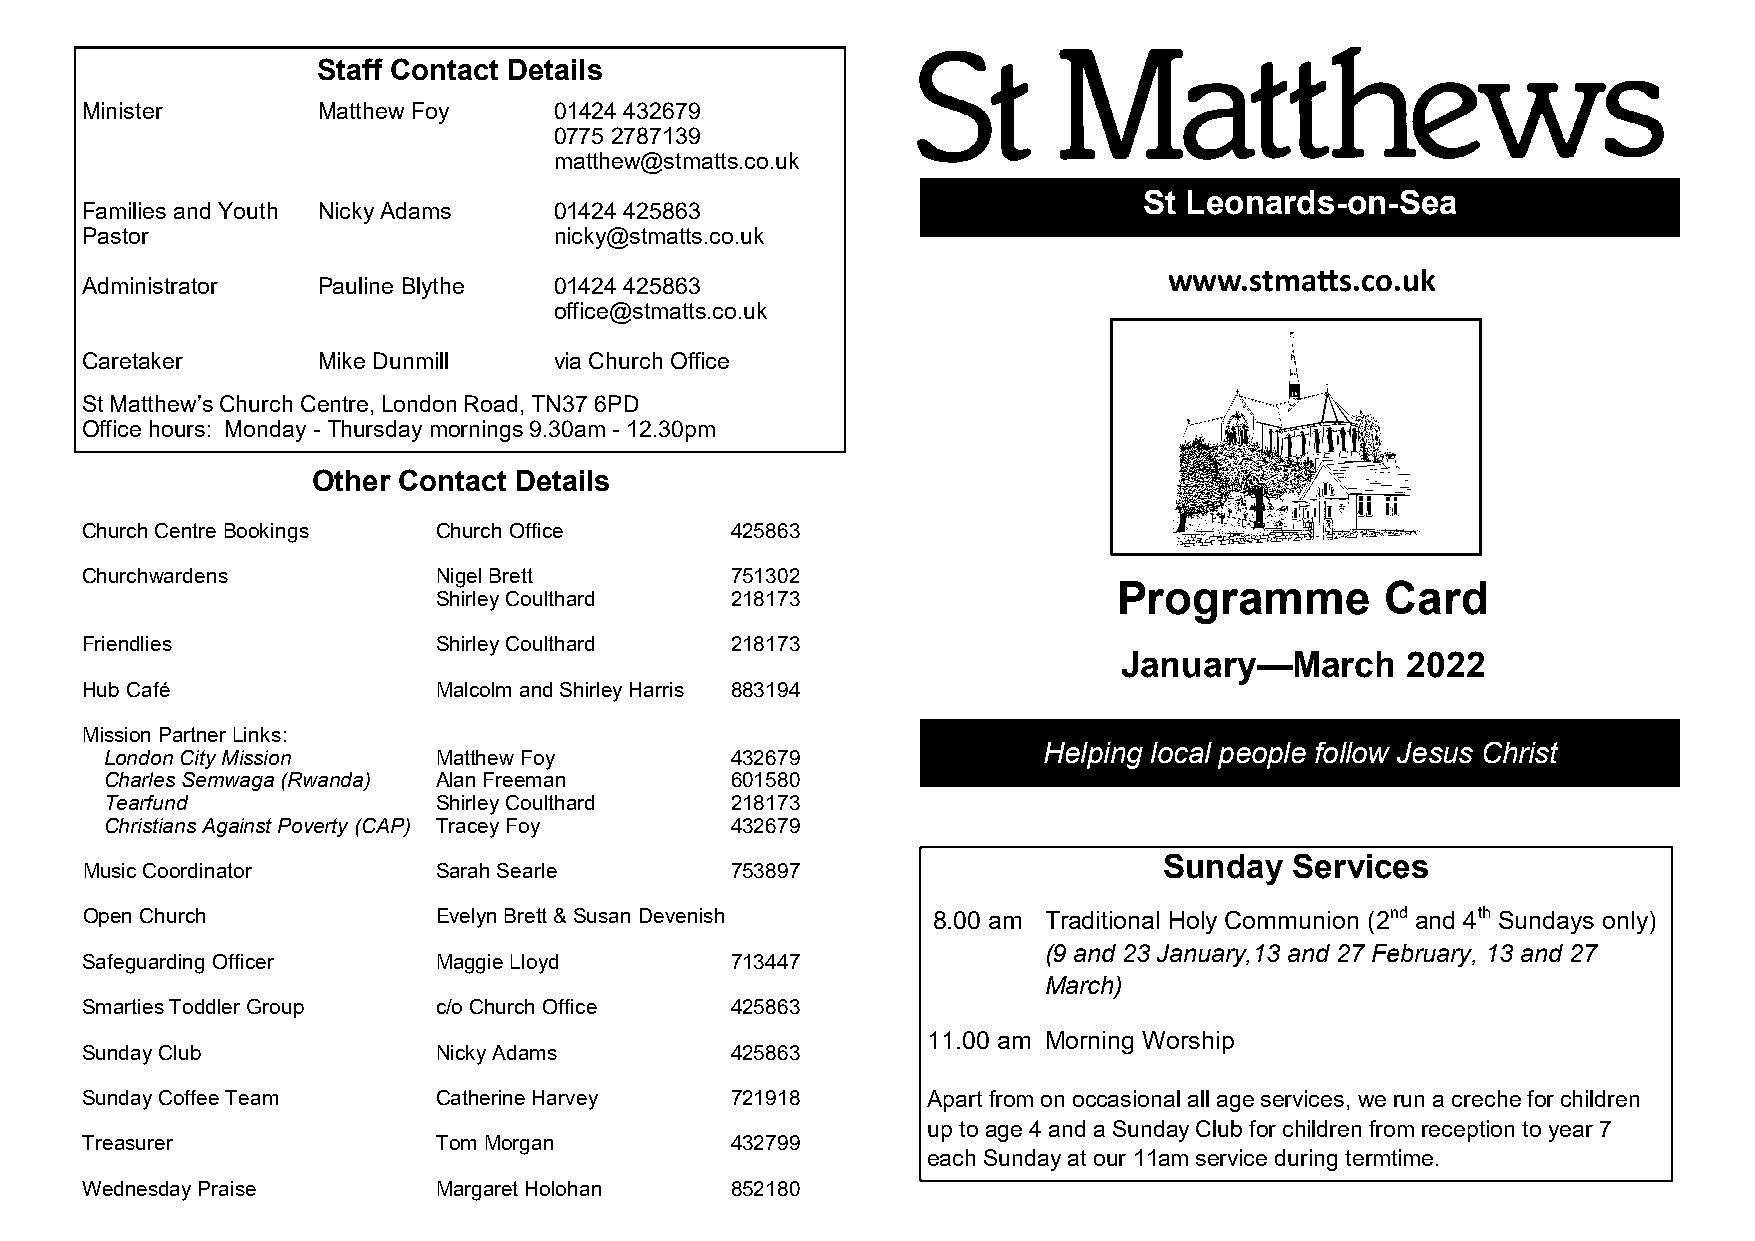
Staff Contact Details
 Minister        Matthew Foy     01424 432679
 0775 2787139
 matthew@stmatts.co.uk
 St Leonards-on-Sea
 Families and Youth Nicky Adams  01424 425863
 Pastor                          nicky@stmatts.co.uk
 www.stmatts.co.uk
 Administrator   Pauline Blythe  01424 425863
 office@stmatts.co.uk
 Caretaker       Mike Dunmill    via Church Office
 St Matthew’s Church Centre, London Road, TN37 6PD
 Office hours: Monday - Thursday mornings 9.30am - 12.30pm
 Other Contact Details
 Church Centre Bookings  Church Office      425863
 Churchwardens           Nigel Brett        751302
 Programme         Card
 Shirley Coulthard  218173
 Friendlies              Shirley Coulthard  218173
 January—March      2022
 Hub Café                Malcolm and Shirley Harris 883194
 Mission Partner Links:
 Helping local people follow Jesus Christ
 London City Mission   Matthew Foy        432679
 Charles Semwaga (Rwanda) Alan Freeman    601580
 Tearfund              Shirley Coulthard  218173
 Christians Against Poverty (CAP) Tracey Foy 432679
 Sunday   Services
 Music Coordinator       Sarah Searle       753897
 Open Church             Evelyn Brett & Susan Devenish    8.00 am Traditional Holy Communion (2nd and 4th Sundays only)
 (9 and 23 January,13 and 27 February, 13 and 27
 Safeguarding Officer    Maggie Lloyd       713447
 March)
 Smarties Toddler Group  c/o Church Office  425863
 11.00 am Morning Worship
 Sunday Club             Nicky Adams        425863
 Sunday Coffee Team      Catherine Harvey   721918       Apart from on occasional all age services, we run a creche for children
 up to age 4 and a Sunday Club for children from reception to year 7
 Treasurer               Tom Morgan         432799
 each Sunday at our 11am service during termtime.
 Wednesday Praise        Margaret Holohan   852180